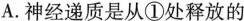
A.神经递质是从①处释放的